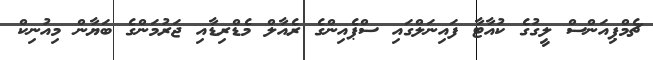
ޗެމްޕިއަންސް ލީގުގެ ކުއާޓާ ފައިނަލްގައި ސްޕެއިންގެ ރެއާލް މެޑްރިޑާއި ޖަރުމަންގެ ބަޔާން މިއުނިކް